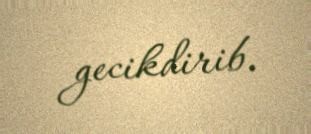
gecikdirib.